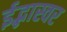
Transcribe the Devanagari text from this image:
ईद्भास्वर